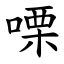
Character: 㗚